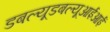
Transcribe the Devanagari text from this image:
डबल्यूडबल्यूआईआई